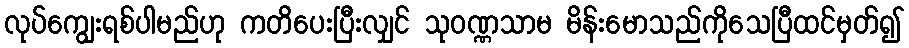
လုပ်ကျွေးရစ်ပါမည်ဟု ကတိပေးပြီးလျှင် သုဝဏ္ဏသာမ မိန်းမောသည်ကိုသေပြီထင်မှတ်၍